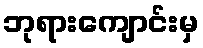
ဘုရားကျောင်းမှ